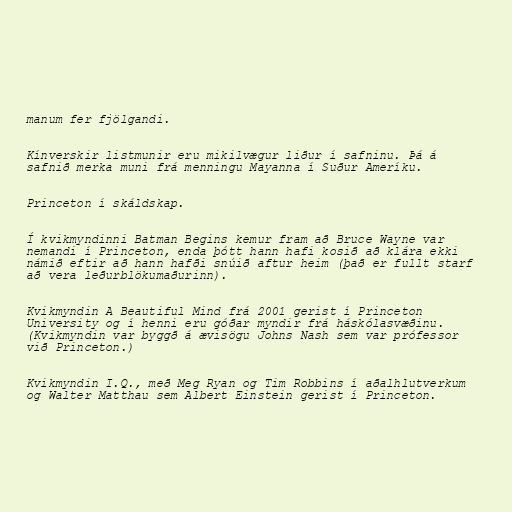
manum fer fjölgandi.

Kínverskir listmunir eru mikilvægur liður í safninu. Þá á
safnið merka muni frá menningu Mayanna í Suður Ameríku.

Princeton í skáldskap.

Í kvikmyndinni Batman Begins kemur fram að Bruce Wayne var
nemandi í Princeton, enda þótt hann hafi kosið að klára ekki
námið eftir að hann hafði snúið aftur heim (það er fullt starf
að vera leðurblökumaðurinn).

Kvikmyndin A Beautiful Mind frá 2001 gerist í Princeton
University og í henni eru góðar myndir frá háskólasvæðinu.
(Kvikmyndin var byggð á ævisögu Johns Nash sem var prófessor
við Princeton.)

Kvikmyndin I.Q., með Meg Ryan og Tim Robbins í aðalhlutverkum
og Walter Matthau sem Albert Einstein gerist í Princeton.